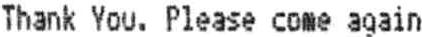
THANK YOU. PLEASE COME AGAIN